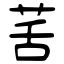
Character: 䒷